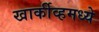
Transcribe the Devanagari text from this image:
खार्कीव्हमध्ये